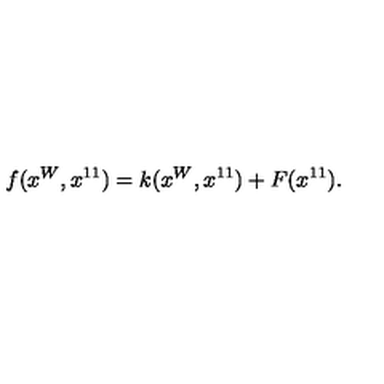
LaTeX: f ( x ^ { W } , x ^ { 1 1 } ) = k ( x ^ { W } , x ^ { 1 1 } ) + F ( x ^ { 1 1 } ) .